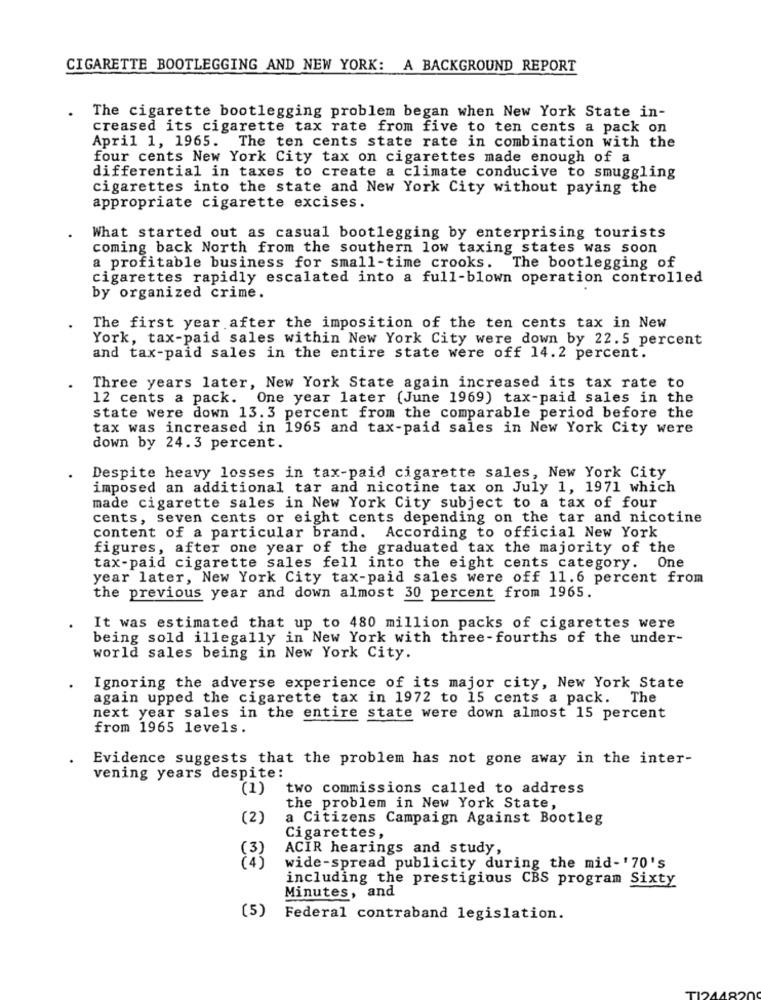
CIGARETTE BOOTLEGGING AND NEW YORK: A BACKGROUND REPORT
The cigarette bootlegging problem began when New York State in-
creased its cigarette tax rate from five to ten cents a pack on
April 1, 1965. The ten cents state rate in combination with the
four cents New York City tax on cigarettes made enough of a
differential in taxes to create a climate conducive to smuggling
cigarettes into the state and New York City without paying the
appropriate cigarette excises.
What started out as casual bootlegging by enterprising tourists
coming back North from the southern low taxing states was soon
a profitable business for small-time crooks. The bootlegging of
cigarettes rapidly escalated into a full-blown operation controlled
by organized crime.
The first year after the imposition of the ten cents tax in New
York, tax-paid sales within New York City were down by 22.5 percent
and tax-paid sales in the entire state were off 14.2 percent.
Three years later, New York State again increased its tax rate to
12 cents a pack. One year later (June 1969) tax-paid sales in the
state were down 13. 3 percent from the comparable period before the
tax was increased in 1965 and tax-paid sales in New York City were
down by 24.3 percent.
Despite heavy losses in tax-paid cigarette sales, New York City
imposed an additional tar and nicotine tax on July 1, 1971 which
made cigarette sales in New York City subject to a tax of four
cents, seven cents or eight cents depending on the tar and nicotine
content of a particular brand. According to official New York
figures, after one year of the graduated tax the majority of the
tax-paid cigarette sales fell into the eight cents category. One
year later, New York City tax-paid sales were off 11.6 percent from
the previous year and down almost 30 percent from 1965.
It was estimated that up to 480 million packs of cigarettes were
being sold illegally in New York with three -fourths of the under-
world sales being in New York City.
Ignoring the adverse experience of its major city, New York State
again upped the cigarette tax in 1972 to 15 cents a pack. The
next year sales in the entire state were down almost 15 percent
from 1965 levels.
Evidence suggests that the problem has not gone away in the inter-
vening years despite:
(1)
two commissions called to address
the problem in New York State,
(2)
a Citizens Campaign Against Bootleg
Cigarettes,
ACIR hearings and study,
wide-spread publicity during the mid-'70's
including the prestigious CBS program Sixty
Minutes, and
(5)
Federal contraband legislation.